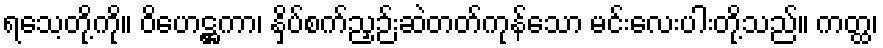
ရသေ့တို့ကို။ ဝိဟေဋ္ဌကာ၊ နှိပ်စက်ညှဉ်းဆဲတတ်ကုန်သော မင်းလေးပါးတို့သည်။ ကတ္ထ၊